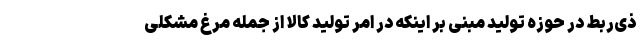
ذی‌ربط در حوزه تولید مبنی بر اینکه در امر تولید کالا از جمله مرغ مشکلی